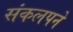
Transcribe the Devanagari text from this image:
संकलपने